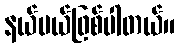
နယ်ပယ်ဖြစ်ပါတယ်။